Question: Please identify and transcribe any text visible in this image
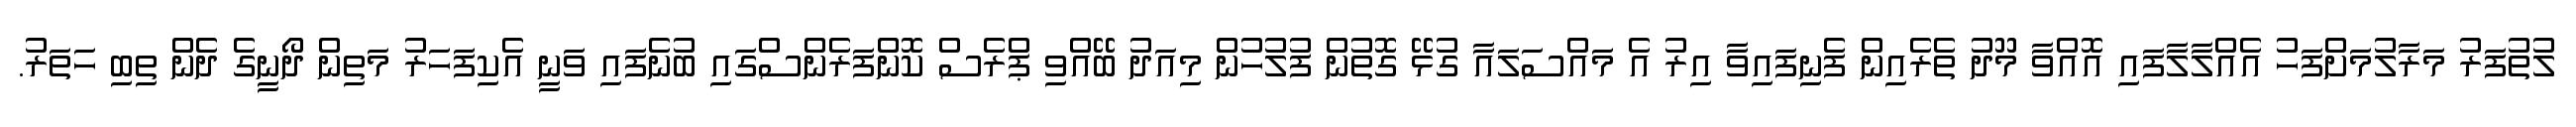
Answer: ލުތުފަރު މަރާލުމަށްފަހު އެއްލާލާފައި އޮއްވާ މޫދު ތެރެއިން ފެނިފައިވާ އިރު އެ މައްސަލައާ ގުޅޭ ގޮތުން ފުލުހުން މިއަދު ބޭއްވި ޕްރެސް ކޮންފަރެންސްގައި ބުނެފައި ވަނީ އެކިފަހަރު މަތިން ދޯނީގެ ދެން ތިބި ހަތަރު.